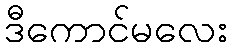
ဒီကောင်မလေး